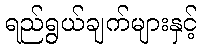
ရည်ရွယ်ချက်များနှင့်